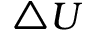
\triangle U